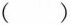
()